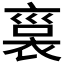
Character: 𧚱